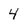
Character: 4